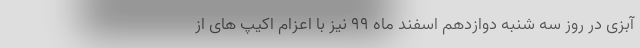
آبزی در روز سه شنبه دوازدهم اسفند ماه ۹۹ نیز با اعزام اکیپ های از